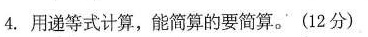
4.用递等式计算，能简算的要简算。(12分)